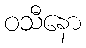
ဝသီနော